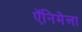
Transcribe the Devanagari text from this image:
ऍनिमेला